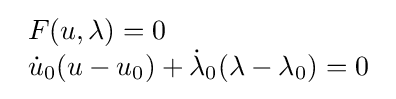
{\begin{array}{l}F(u,\lambda )=0\\{\dot {u}}_{0}(u-u_{0})+{\dot {\lambda }}_{0}(\lambda -\lambda _{0})=0\\\end{array}}